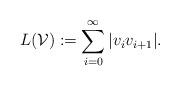
LaTeX: \begin{align*}L(\mathcal{V}) := \sum_{i=0}^\infty |v_i v_{i+1}|.\end{align*}